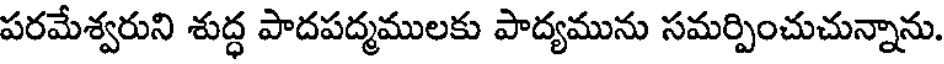
పరమేశ్వరుని శుద్ధ పాదపద్మములకు పాద్యమును సమర్పించుచున్నాను.